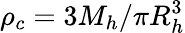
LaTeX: \rho_{c}=3M_{h}/\pi R_{h}^{3}